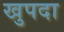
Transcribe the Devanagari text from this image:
खुपदा